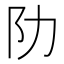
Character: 阞